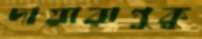
দায়ারাপুকু